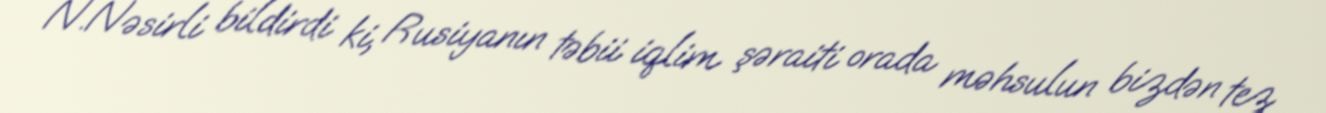
N.Nəsirli bildirdi ki, Rusiyanın təbii iqlim şəraiti orada məhsulun bizdən tez